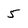
Character: 5